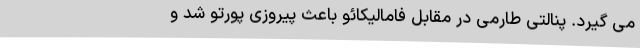
می‌ گیرد. پنالتی طارمی در مقابل فامالیکائو باعث پیروزی پورتو شد و